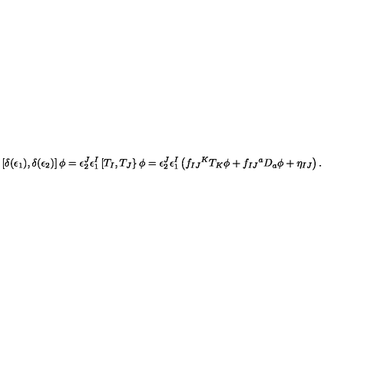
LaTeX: \left[ \delta ( \epsilon _ { 1 } ) , \delta ( \epsilon _ { 2 } ) \right] \phi = \epsilon _ { 2 } ^ { J } \epsilon _ { 1 } ^ { I } \left[ T _ { I } , T _ { J } \right\} \phi = \epsilon _ { 2 } ^ { J } \epsilon _ { 1 } ^ { I } \left( f _ { I J } { } ^ { K } T _ { K } \phi + f _ { I J } { } ^ { a } D _ { a } \phi + \eta _ { I J } \right) .